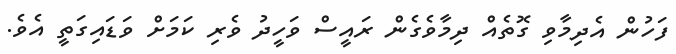
ފަހުން އެދިމާވި ގޮތެއް ދިމާވެގެން ރައީސް ވަހީދު ވެރި ކަމަށް ވަޑައިގަތީ އެވެ.